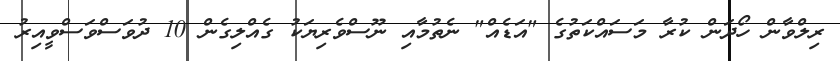
ރިލްވާން ހޯދަން ކުރާ މަސައްކަތުގެ "އަޑެއް" ނެތުމާއި ނޫސްވެރިޔަކު ގެއްލިގެން 10 ދުވަސްވަސްވީއިރު